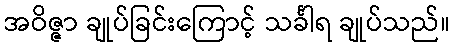
အဝိဇ္ဇာ ချုပ်ခြင်းကြောင့် သင်္ခါရ ချုပ်သည်။